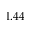
1 . 4 4